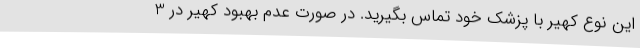
این نوع کهیر با پزشک خود تماس بگیرید. در صورت عدم بهبود کهیر در 3